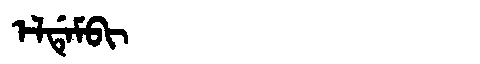
Manchu: ᡝᠯᡩᡝᠮᠪᡳ
Romanization: ELDEMBI